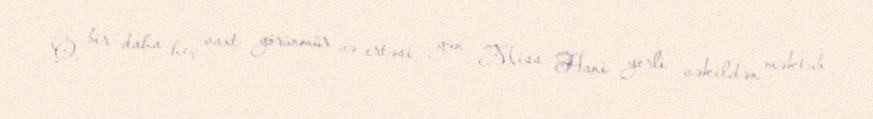
O, bir daha heç vaxt görünmür və ertəsi gün Miss Hani yerli vəkildən məktub